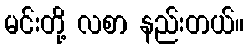
မင်းတို့ လစာ နည်းတယ်။